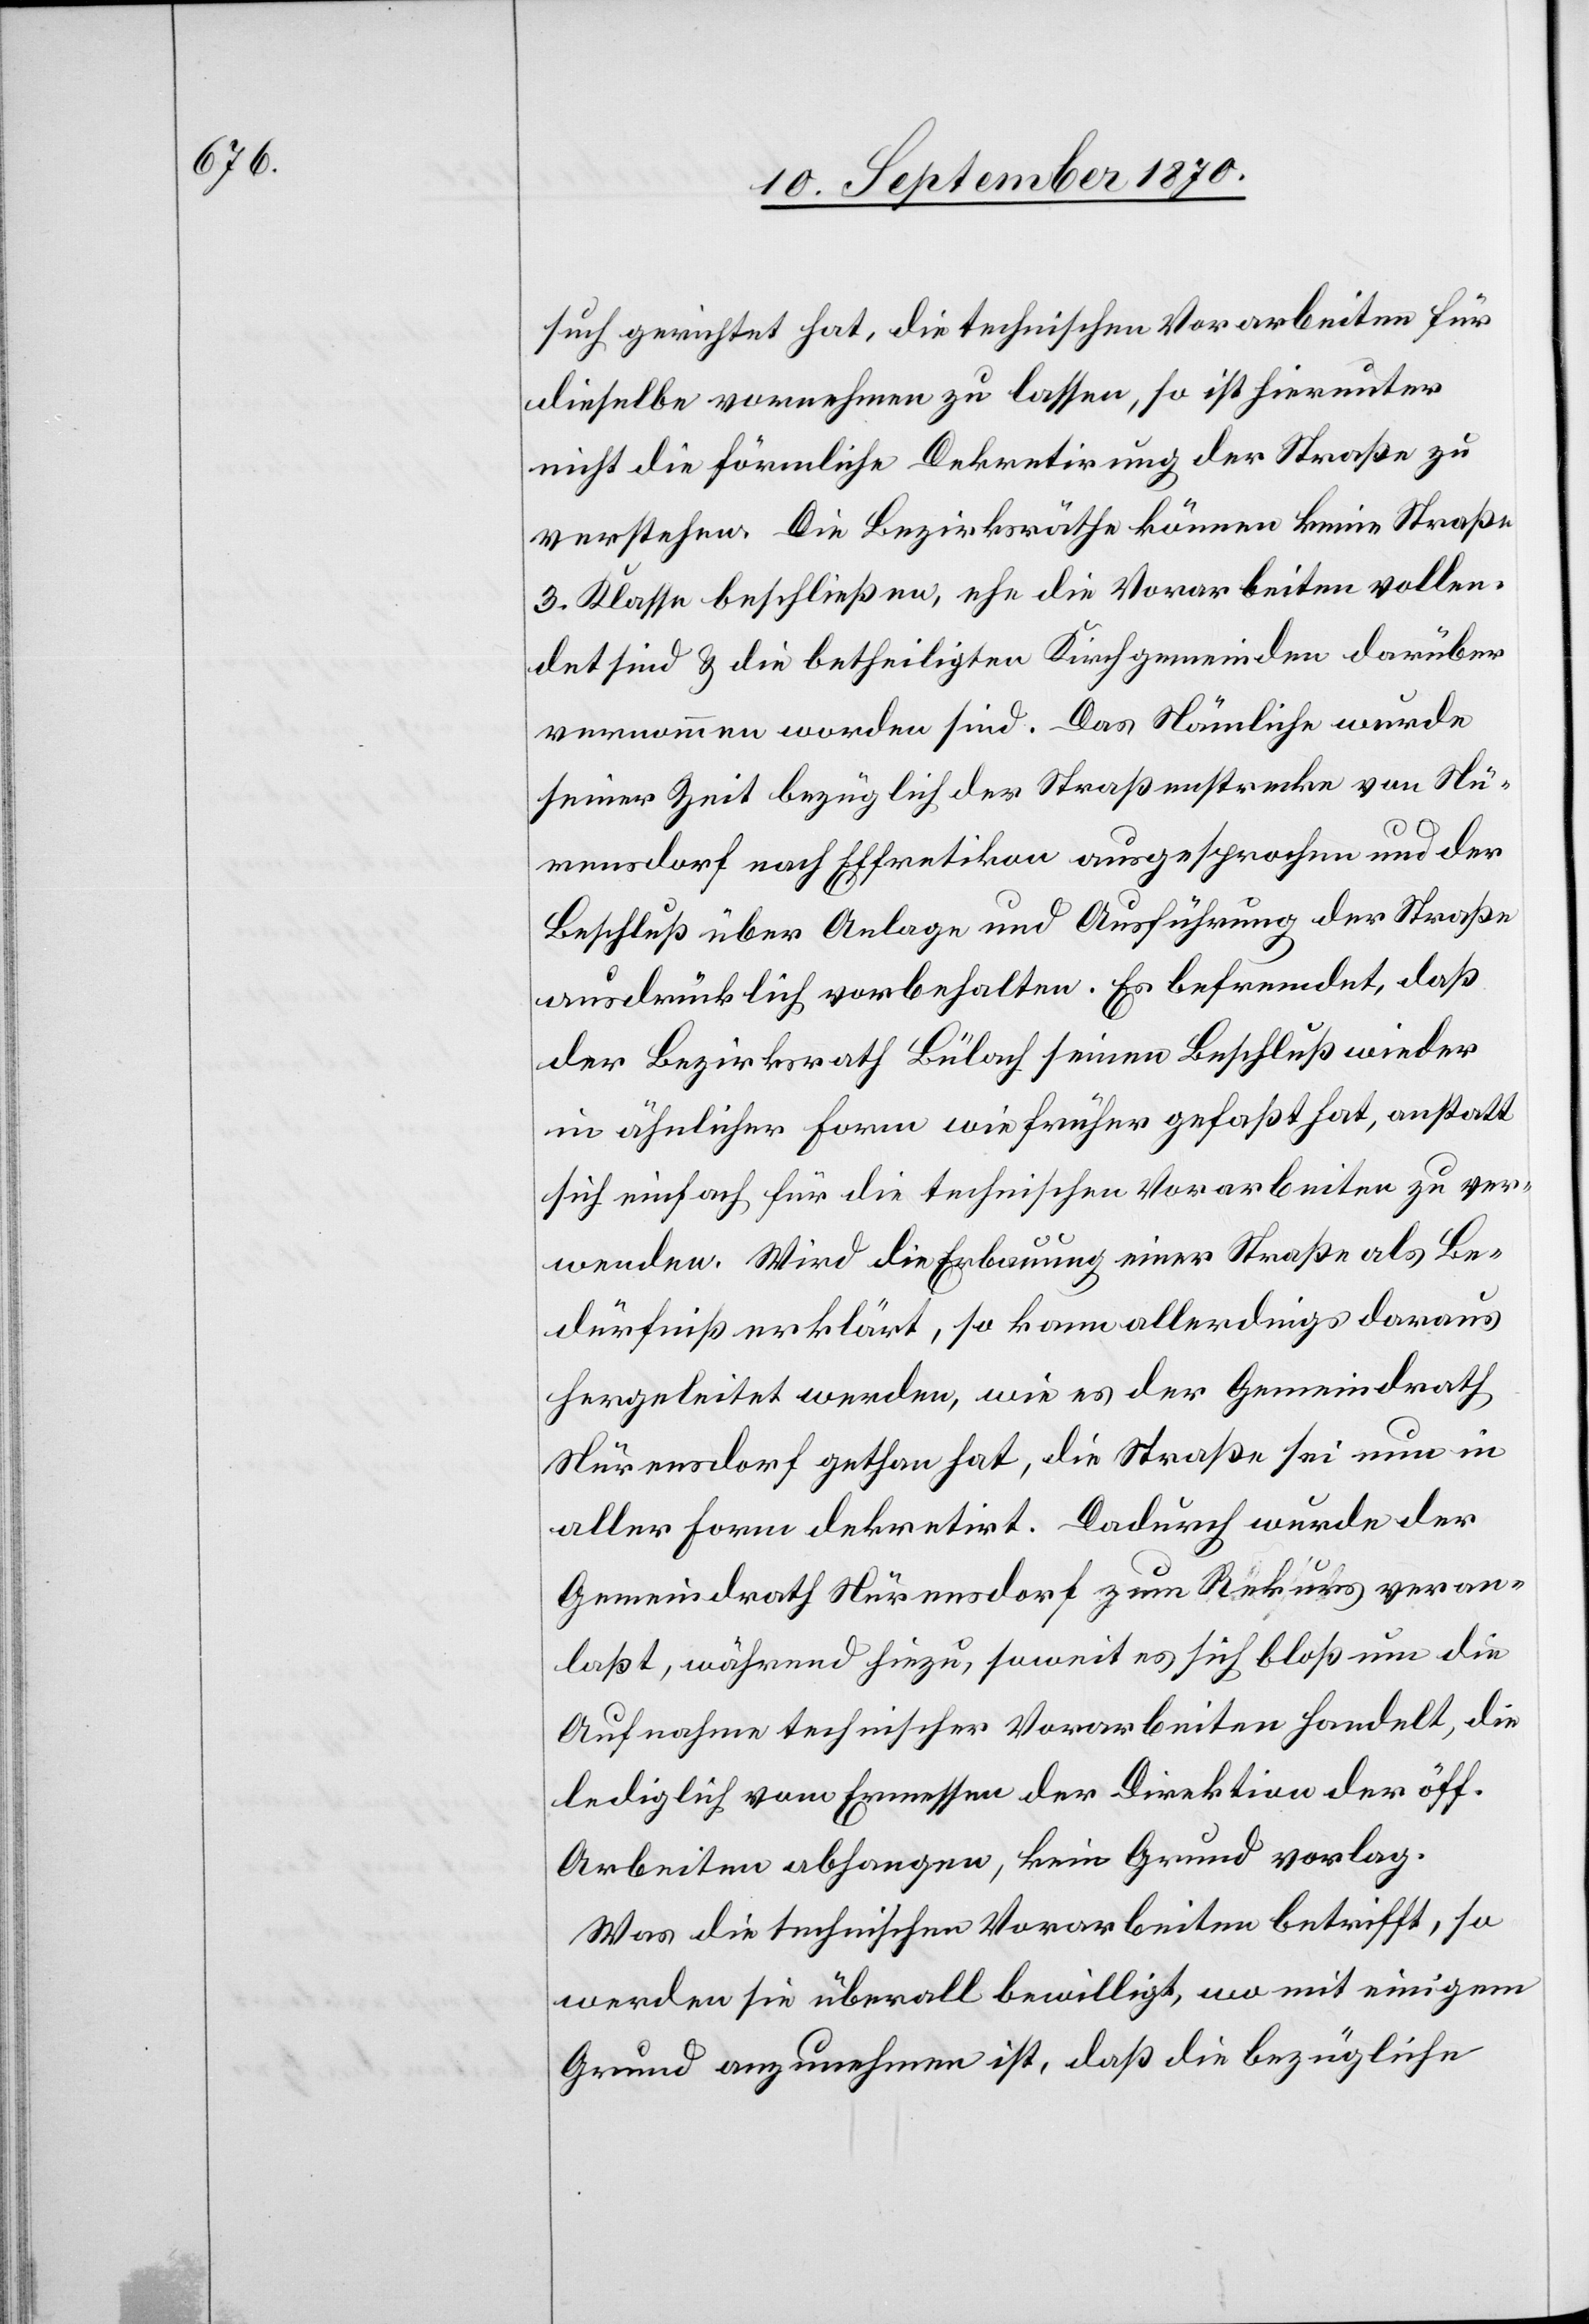
such gerichtet hat, die technischen Vorarbeiten für
dieselbe vornehmen zu lassen, so ist hierunter
nicht die förmliche Dekretirung der Straße zu
verstehen. Die Bezirksräthe können keine Straße
3. Klasse beschließen, ehe die Vorarbeiten vollen¬
det sind & die betheiligten Kirchgemeinden darüber
vernommen worden sind. Das Nämliche wurde
seiner Zeit bezüglich der Straßenstrecke von Nü¬
rensdorf nach Effretikon ausgesprochen und der
Beschluß über Anlage und Ausführung der Straße
ausdrücklich vorbehalten. Es befremdet, daß
der Bezirksrath Bülach seinen Beschluß wieder
in ähnlicher Form wie früher gefaßt hat, anstatt
sich einfach für die technischen Vorarbeiten zu ver¬
wenden. Wird die Erbauung einer Straße als Be¬
dürfniß erklärt, so kann allerdings daraus
hergeleitet werden, wie es der Gemeindrath
Nürensdorf gethan hat, die Straße sei nun in
aller Form dekretiert [sic!]. Dadurch wurde der
Gemeindrath Nürensdorf zum Rekurs veran¬
laßt, während hiezu, soweit es sich bloß um die
Aufnahme technischer Vorarbeiten handelt, die
lediglich vom Ermessen der Direktion der öff.
Arbeiten abhangen, kein Grund vorlag.
Was die technischen Vorarbeiten betrifft, so
werden sie überall bewilligt, wo mit einigem
Grund anzunehmen ist, daß die bezügliche